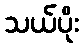
သယ်ပိုး